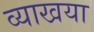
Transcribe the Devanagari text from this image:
व्याखया